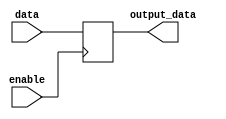
module data_enable_latch (
    input data,
    input enable,
    output reg output_data
);

always @(posedge enable) begin
    output_data <= data;
end

endmodule